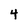
Character: 4